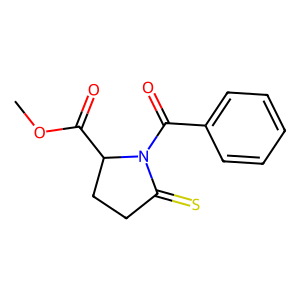
SMILES: COC(=O)C1CCC(=S)N1C(=O)c1ccccc1
Inhibits HIV replication: No